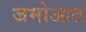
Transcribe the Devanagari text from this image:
जमोआत